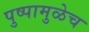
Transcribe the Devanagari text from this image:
पुष्पामुळेच